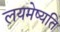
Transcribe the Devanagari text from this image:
लयमेष्यति